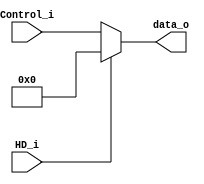
module mux8(
	HD_i,		
	Control_i,		
	data_o
);

input 				HD_i;
input	[7:0]		Control_i;
output	reg [7:0]	data_o;

always@(HD_i or Control_i)begin
	if(HD_i==1'b1) begin
		data_o = 8'b0;
	end
	else begin 
		data_o = Control_i;
	end
end

endmodule